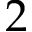
2